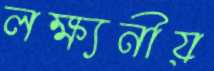
লক্ষ্যনীয়